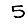
Digit: 5